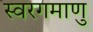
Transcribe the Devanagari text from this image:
स्वरगमाणु